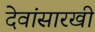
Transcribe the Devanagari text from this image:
देवांसारखी